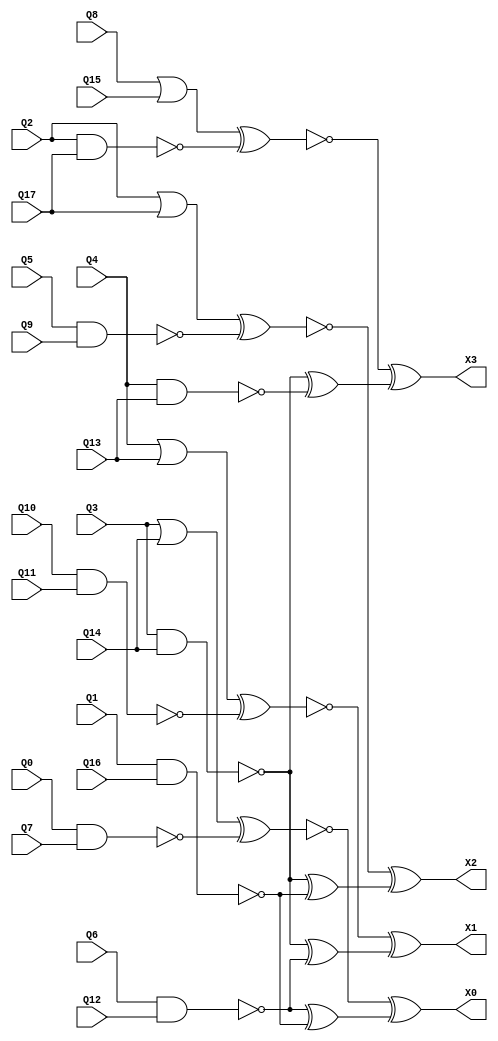
/////////////////////////////////////////////////////////////////////////////////
//
// Original Author: Alexander Maximov and Patrik Ekdahl
// Adapted by:
// 
// Module Name: mulx
// Project Name: aes_sboxes
// Description: Adapted from Alexander Maximov and Patrik Ekdahl's 
//              "New Circuit Minimization Techniques 
//              for Smaller and Faster AES SBoxes"
// 
// Dependencies: None.
// 
// Additional Comments: None.
// 
//////////////////////////////////////////////////////////////////////////////////

module mulx(
    input wire Q0, Q1, Q2, Q3, Q4, Q5, Q6, Q7, Q8, Q9, Q10, Q11, Q12, Q13, Q14, Q15, Q16, Q17,
    output wire X0, X1, X2, X3
    
    );

    //----------------------------------------------------------------
    // Wires/Regs
    //----------------------------------------------------------------
    wire T20, T21, T22, T10, T11, T12, T13;

    //----------------------------------------------------------------
    // Continuous Assignments
    //----------------------------------------------------------------
    assign T20 = ~(Q6 & Q12);
    assign T21 = ~(Q3 & Q14);
    assign T22 = ~(Q1 & Q16);
    assign T10 = ~((Q3 | Q14) ^ ~(Q0 & Q7));
    assign T11 = ~((Q4 | Q13) ^ ~(Q10 & Q11));
    assign T12 = ~((Q2 | Q17) ^ ~(Q5 & Q9));
    assign T13 = ~((Q8 | Q15) ^ ~(Q2 & Q17));

    assign X0 = T10 ^ (T20 ^ T22);
    assign X1 = T11 ^ (T21 ^ T20);
    assign X2 = T12 ^ (T21 ^ T22);
    assign X3 = T13 ^ (T21 ^ ~(Q4 & Q13));

endmodule // mulx